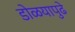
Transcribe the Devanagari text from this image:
डोळयापुढे